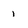
Character: 1